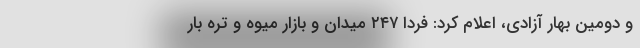
و دومین بهار آزادی، اعلام کرد: فردا ۲۴۷ میدان و بازار میوه و تره بار